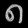
Digit: ၈